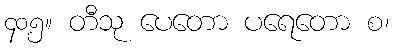
၄၀၅။ တီသု ပေတော ပရေတော စ၊